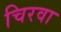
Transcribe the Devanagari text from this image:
चिरवा